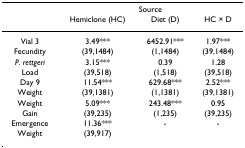
<table><thead><tr><td></td><td colspan="3"><b>Source</b></td></tr><tr><td></td><td><b>Hemiclone (HC)</b></td><td><b>Diet (D)</b></td><td><b>HC × D</b></td></tr></thead><tbody><tr><td>Vial 3</td><td>3.49***</td><td>6452.91***</td><td>1.97***</td></tr><tr><td>Fecundity</td><td>(39,1484)</td><td>(1,1484)</td><td>(39,1484)</td></tr><tr><td><i>P. rettgeri</i></td><td>3.15***</td><td>0.39</td><td>1.28</td></tr><tr><td>Load</td><td>(39,518)</td><td>(1,518)</td><td>(39,518)</td></tr><tr><td>Day 9</td><td>11.54***</td><td>629.68***</td><td>2.52***</td></tr><tr><td>Weight</td><td>(39,1381)</td><td>(1,1381)</td><td>(39,1381)</td></tr><tr><td>Weight</td><td>5.09***</td><td>243.48***</td><td>0.95</td></tr><tr><td>Gain</td><td>(39,235)</td><td>(1,235)</td><td>(39,235)</td></tr><tr><td>Emergence</td><td>11.36***</td><td>-</td><td>-</td></tr><tr><td>Weight</td><td>(39,917)</td><td></td><td></td></tr></tbody></table>